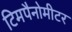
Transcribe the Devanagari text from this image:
टिमपैनोमीटर